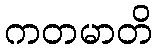
ကတမာတိ